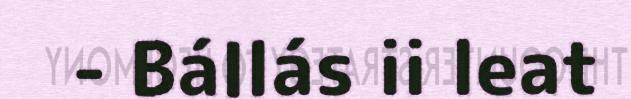
- Bállás ii leat